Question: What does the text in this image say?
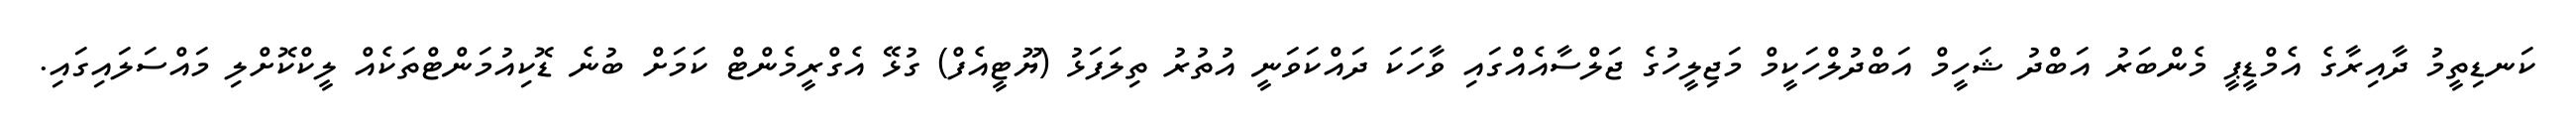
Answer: ކަނޑިތީމު ދާއިރާގެ އެމްޑީޕީ މެންބަރު އަބްދު ޝަހީމް އަބްދުލްހަކީމް މަޖިލީހުގެ ޖަލްސާއެއްގައި ވާހަކަ ދައްކަވަނީ އުތުރު ތިލަފަޅު (ޔޫޓީއެފް) ގުޅޭ އެގްރީމެންޓް ކަމަށް ބުނެ ޑޮކިއުމަންޓްތަކެއް ލީކްކޮށްލި މައްސަލައިގައި.